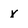
Character: x